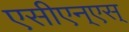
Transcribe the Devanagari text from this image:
एसीएन्एस्